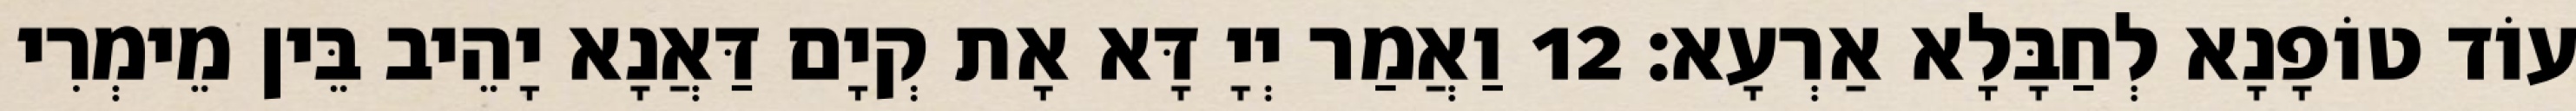
עוֹד טוֹפָנָא לְחַבָּלָא אַרְעָא׃ 12 וַאֲמַר יְיָ דָּא אָת קְיָם דַּאֲנָא יָהֵיב בֵּין מֵימְרִי